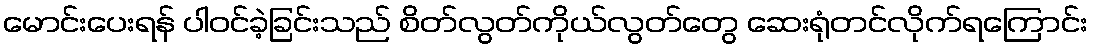
မောင်းပေးရန် ပါဝင်ခဲ့ခြင်းသည် စိတ်လွတ်ကိုယ်လွတ်တွေ ဆေးရုံတင်လိုက်ရကြောင်း